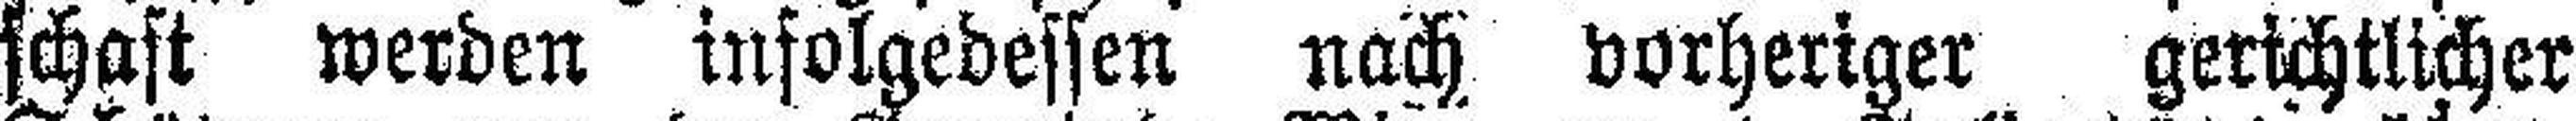
schaft werden infolgedessen nach vorheriger gerichtlicher